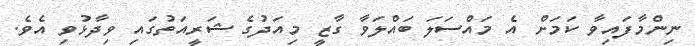
ނިންމާފައިވާ ކަމަށް އެ މައްސަލަ ބައްލަވާ ގާޒީ މިއަދުގެ ޝަރީއަތުގައި ވިދާޅުވި އެވެ.